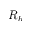
R _ { b }